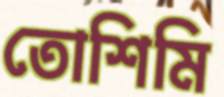
তোশিমি